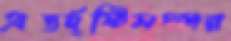
অন্তর্দৃষ্টিসম্পন্ন